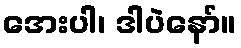
အေးပါ၊ ဒါပဲနော်။